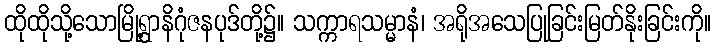
ထိုထိုသို့သောမြို့ရွာနိဂုံဇနပုဒ်တို့၌။ သက္ကာရသမ္မာနံ၊ အရိုအသေပြုခြင်းမြတ်နိုးခြင်းကို။